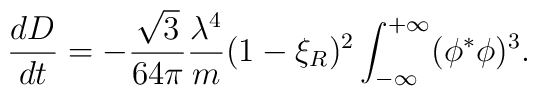
{dD\over dt}=-{\sqrt{3}\over 64\pi}{\lambda^4\over m}(1-\xi_R)^2\int_{-\infty}^{+\infty}(\phi^*\phi)^3.